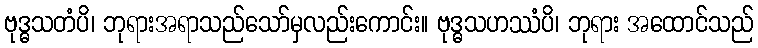
ဗုဒ္ဓသတံပိ၊ ဘုရားအရာသည်သော်မှလည်းကောင်း။ ဗုဒ္ဓသဟဿံပိ၊ ဘုရား အထောင်သည်